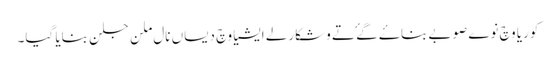
کوریا وچ نوے صوبے بناۓ گۓ تے وشکارلے ایشیا وچ دیساں نال ملن جلن بنایا گیا۔